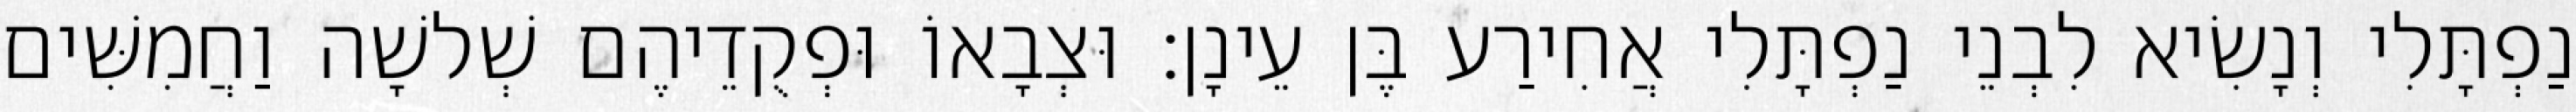
נַפְתָּלִי וְנָשִׂיא לִבְנֵי נַפְתָּלִי אֲחִירַע בֶּן עֵינָן׃ וּצְבָאוֹ וּפְקֻדֵיהֶם שְׁלשָׁה וַחֲמִשִּׁים